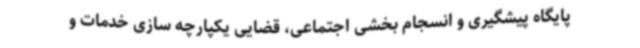
پایگاه پیشگیری و انسجام بخشی اجتماعی، قضایی یکپارچه سازی خدمات و